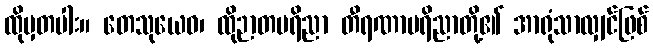
ထိုမှတပါး။ တေသုယေဝ၊ ထိုဉာတပရိညာ တီရဏာပရိညာတို့၏ အာရုံသာလျှင်ဖြစ်